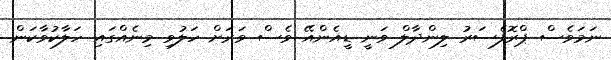
ނަމަވެސް ޕްރޮފެސަރު ލިންދާލް ވަނީ ޑީއެންއޭ ވެސް ވަރަށް ހަލުވި މިނެއްގައި ހަލާކުވާކަން